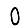
Digit: 0